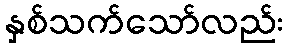
နှစ်သက်သော်လည်း